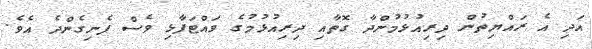
އަދި އެ ރައްޔިތުން ދިރިއުޅުމުންދާ ގޮތާއި ދިރިއުޅުމުގެ ވައްޓަފާޅި ވެސް ފެނިގެންދެ އެވެ.